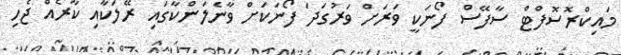
މައިކްރޮސޮފްޓް ސާފޭސް ފޯނަކީ ވަރަށް ވަރުގަދަ ފޯނަކަށް ވާނެލަންކާގައި ރޭލަކާއި ކާރެއް ޖެހި